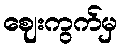
ဈေးကွက်မှ